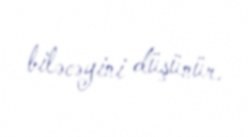
biləcəyini düşünür.